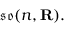
{ \mathfrak { s o } } ( n , \mathbf { R } ) .